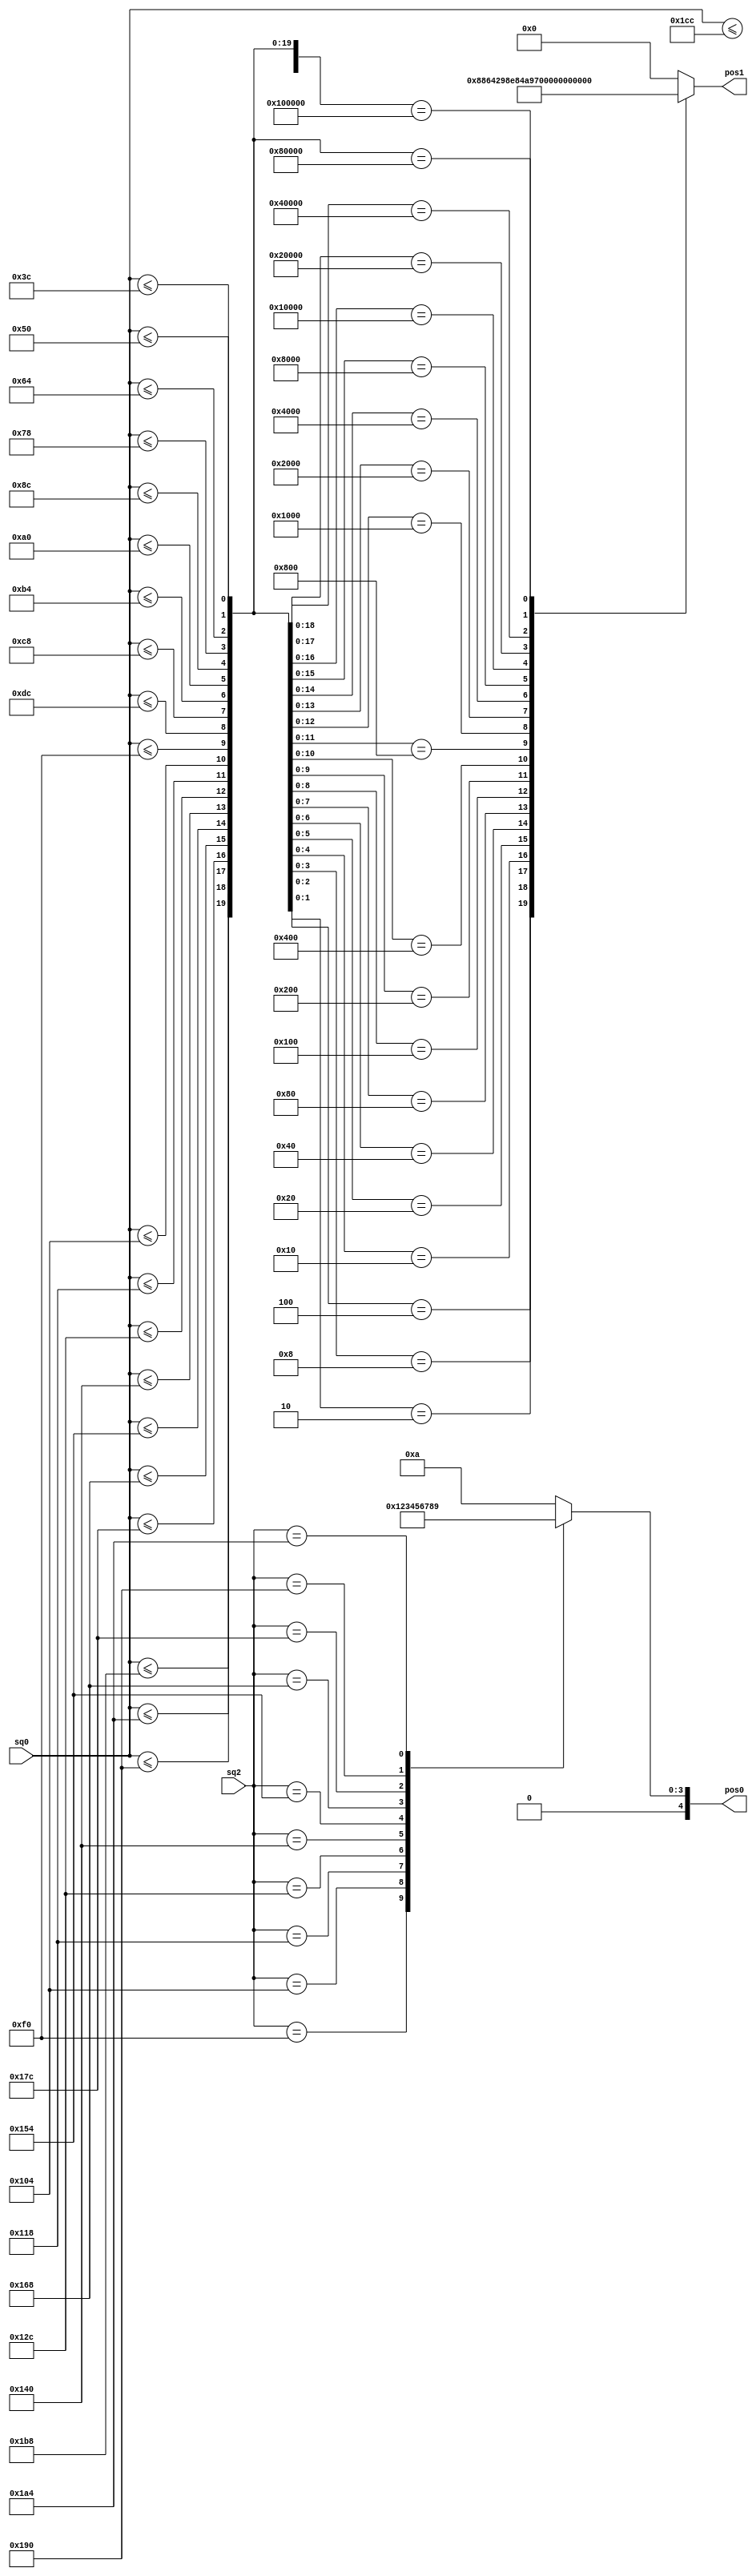
module position_counter (
    input [9:0] sq2, sq0,
    output reg [4:0] pos1, pos0
);
    wire [20:0] act_row;

	generate
    genvar i;
	for(i = 0; i<21; i = i+1) begin : bc
		assign act_row[i] = sq0 <= 10'd60 + 20 * i ;
	end
	endgenerate

	always @* begin

        case(sq2)
		10'd240: pos0 = 5'd0;
		10'd260: pos0 = 5'd1;
		10'd280: pos0 = 5'd2;
		10'd300: pos0 = 5'd3;
		10'd320: pos0 = 5'd4;
		10'd340: pos0 = 5'd5;
		10'd360: pos0 = 5'd6;
		10'd380: pos0 = 5'd7;
		10'd400: pos0 = 5'd8;
		10'd420: pos0 = 5'd9;
		default: pos0 = 5'd10;
	    endcase

        casez(act_row)
		21'b????????????????????1: pos1 = 5'd0;
		21'b???????????????????10: pos1 = 5'd1;
		21'b??????????????????100: pos1 = 5'd2;
		21'b?????????????????1000: pos1 = 5'd3;
		21'b????????????????10000: pos1 = 5'd4;
		21'b???????????????100000: pos1 = 5'd5;
		21'b??????????????1000000: pos1 = 5'd6;
		21'b?????????????10000000: pos1 = 5'd7;
		21'b????????????100000000: pos1 = 5'd8;
		21'b???????????1000000000: pos1 = 5'd9;
		21'b??????????10000000000: pos1 = 5'd10;
		21'b?????????100000000000: pos1 = 5'd11;
		21'b????????1000000000000: pos1 = 5'd12;
		21'b???????10000000000000: pos1 = 5'd13;
		21'b??????100000000000000: pos1 = 5'd14;
		21'b?????1000000000000000: pos1 = 5'd15;
		21'b????10000000000000000: pos1 = 5'd16;
		21'b???100000000000000000: pos1 = 5'd17;
		21'b??1000000000000000000: pos1 = 5'd18;
		21'b?10000000000000000000: pos1 = 5'd19;
		21'b100000000000000000000: pos1 = 5'd20;
		default: pos1 = 5'd0;
	    endcase
    end
endmodule